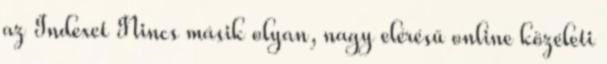
az Indexet Nincs másik olyan, nagy elérésű online közéleti